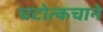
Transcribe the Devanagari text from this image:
घटोत्कचाने